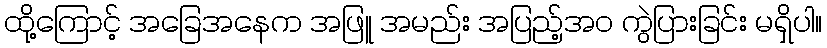
ထို့ကြောင့် အခြေအနေက အဖြူ အမည်း အပြည့်အဝ ကွဲပြားခြင်း မရှိပါ။